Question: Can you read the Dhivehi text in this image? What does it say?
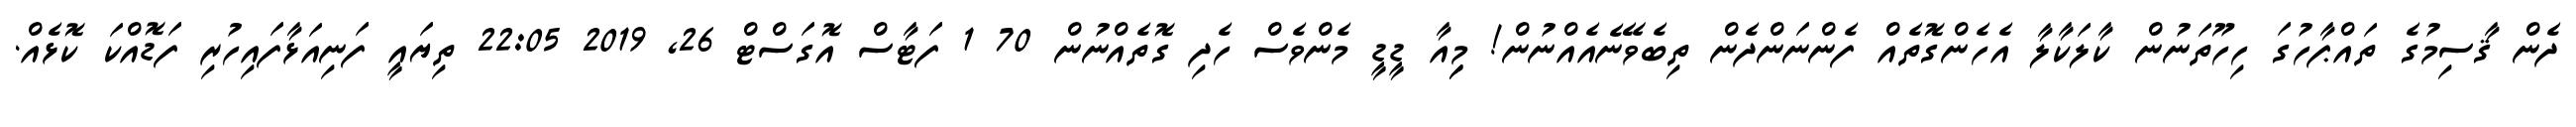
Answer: ދެން ޤާސިމުގެ ތައްޕާހުގަ ހިހޫތަނުން ކާލަކާލާ އެހެންގޮތެއް ފެންނަންދެން ތިބެވޭނެއެއްނުން! މިިިއާ ޑީޑީ މެންވެސް ހެދި ގޮތެއްނުން 70 1 ފަޓާސް އޮގަސްޓް 26, 2019 22:05 ތިޔައީ ފަނިއަޅާފައިހުރި ފަޑޮއްކަ ކޮޅެއް.